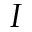
I